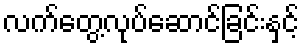
လက်တွေ့လုပ်ဆောင်ခြင်းနှင့်